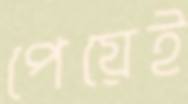
পেয়েই